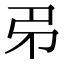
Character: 𢎱